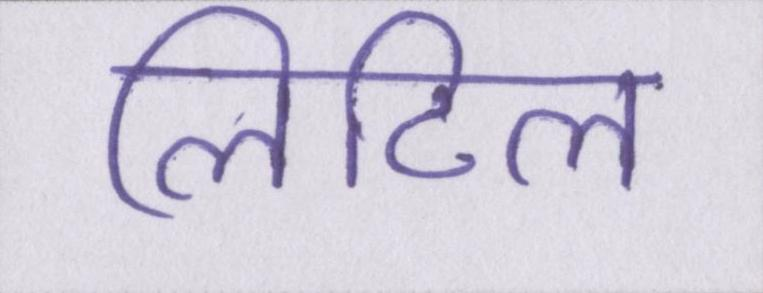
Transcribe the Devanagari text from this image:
लिटिल